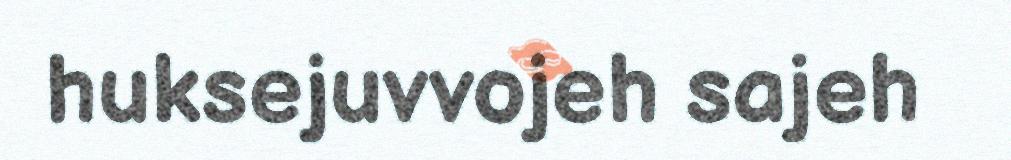
huksejuvvojeh sajeh